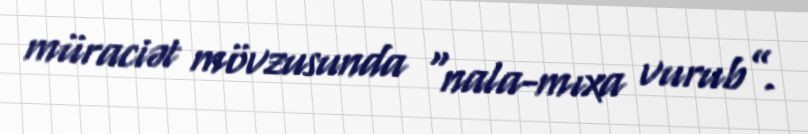
müraciət mövzusunda “nala-mıxa vurub”.